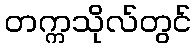
တက္ကသိုလ်တွင်